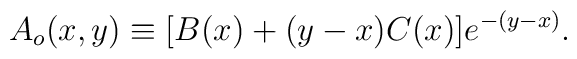
A_o(x,y)\equiv[B(x)+(y-x)C(x)]e^{-(y-x)}.